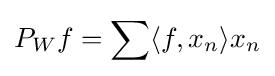
P_{W}f=\sum \langle f,x_{n}\rangle x_{n}